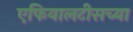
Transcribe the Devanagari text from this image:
एफियालटीसच्या